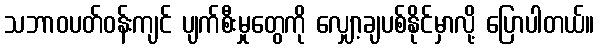
သဘာဝပတ်ဝန်းကျင် ပျက်စီးမှုတွေကို လျှော့ချပစ်နိုင်မှာလို့ ပြောပါတယ်။